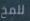
للمخ